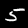
Digit: 5